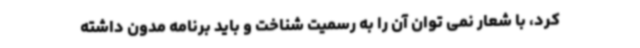
کرد، با شعار نمی توان آن را به رسمیت شناخت و باید برنامه مدون داشته